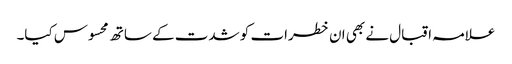
علامہ اقبال نے بھی ان خطرات کو شدت کے ساتھ محسوس کیا۔